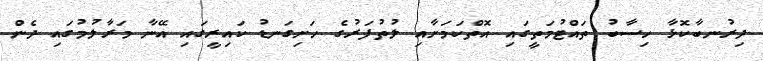
ދިރުނބާކޮޅާ ހިސާބު ތައްޓުމަތީގައި އޮތްކަމަށާއި ލުތުފަރުގެ ހަށިގަނޑު ކައިރީގައި އޭނާ މަރާލުމުގައި ދެން